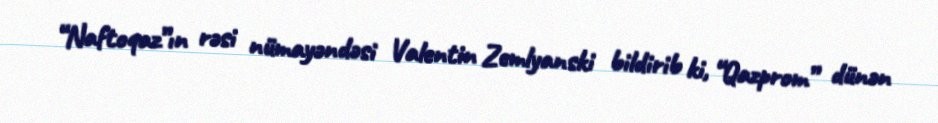
“Naftoqaz”ın rəsi nümayəndəsi Valentin Zemlyanski bildirib ki, “Qazprom” dünən